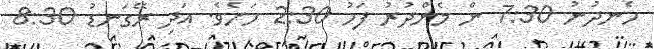
ހެނދުނު 7:30 ން މެންދުރު ފަހު 2:30 ހަށެވެ. އަދި ރޭގަނޑު 8:30